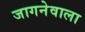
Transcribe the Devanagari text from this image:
जागनेवाला